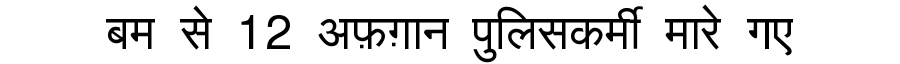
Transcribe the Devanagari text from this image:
बम से 12 अफ़ग़ान पुलिसकर्मी मारे गए